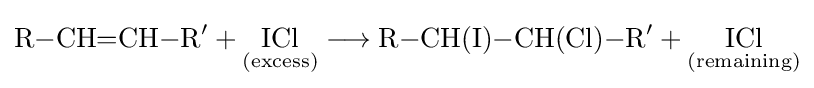
{\mathrm {R} {-}\mathrm {CH} {=}\mathrm {CH} {-}\mathrm {R} {\vphantom {A}}^{\prime }{}+{}{\underset {(\mathrm {excess} )}{\mathrm {ICl} }}{}\mathrel {\longrightarrow } {}\mathrm {R} {-}\mathrm {CH} (\mathrm {I} ){-}\mathrm {CH} (\mathrm {Cl} ){-}\mathrm {R} {\vphantom {A}}^{\prime }{}+{}{\underset {(\mathrm {remaining} )}{\mathrm {ICl} }}}